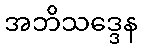
အဘိသဒ္ဒေန